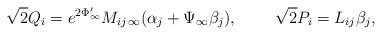
LaTeX: \begin{align*}\sqrt{2}Q_i = e^{2\Phi'_{\infty}}M_{ij\,\infty}(\alpha_j + \Psi_{\infty}\beta_j),\ \ \ \ \ \ \ \sqrt{2}P_i=L_{ij}{\beta}_j, \end{align*}